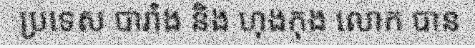
ប្រទេស បារាំង និង ហុងកុង លោក បាន